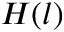
H ( l )